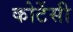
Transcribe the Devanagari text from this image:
कोर्टेसी